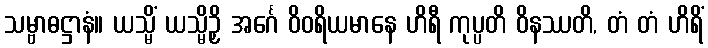
သမ္ဗာဓဋ္ဌာနံ။ ယသ္မိံ ယသ္မိဉှိ အင်္ဂေ ဝိဝရိယမာနေ ဟိရီ ကုပ္ပတိ ဝိနဿတိ, တံ တံ ဟိရိံ